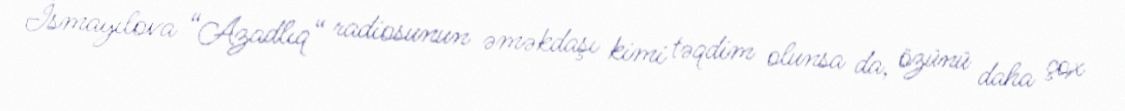
İsmayılova “Azadlıq“ radiosunun əməkdaşı kimi təqdim olunsa da, özünü daha çox